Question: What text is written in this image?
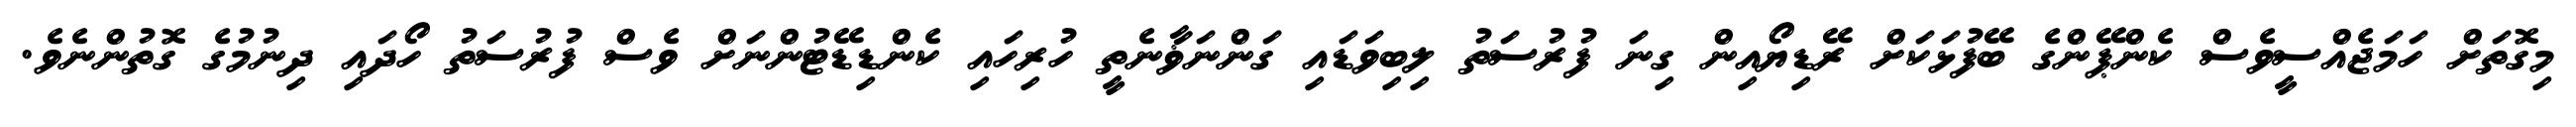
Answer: މިގޮތަށް ހަމަޖެއްސީވެސް ކެންޕޭންގެ ބޭފުޅަކަށް ރޭޑިޔޯއިން ގިނަ ފުރުސަތު ލިބިވަޑައި ގަންނަޥާނެތީ ހުރިހައި ކެންޑިޑޭޓުންނަށް ވެސް ފުރުސަތު ހޯދައި ދިނުމުގެ ގޮތުންނެވެ.